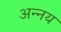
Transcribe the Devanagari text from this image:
अन्‍नय